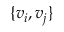
\{ v _ { i } , v _ { j } \}